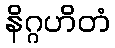
နိဂ္ဂဟိတံ